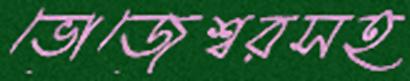
ভোজেশ্বরসহ